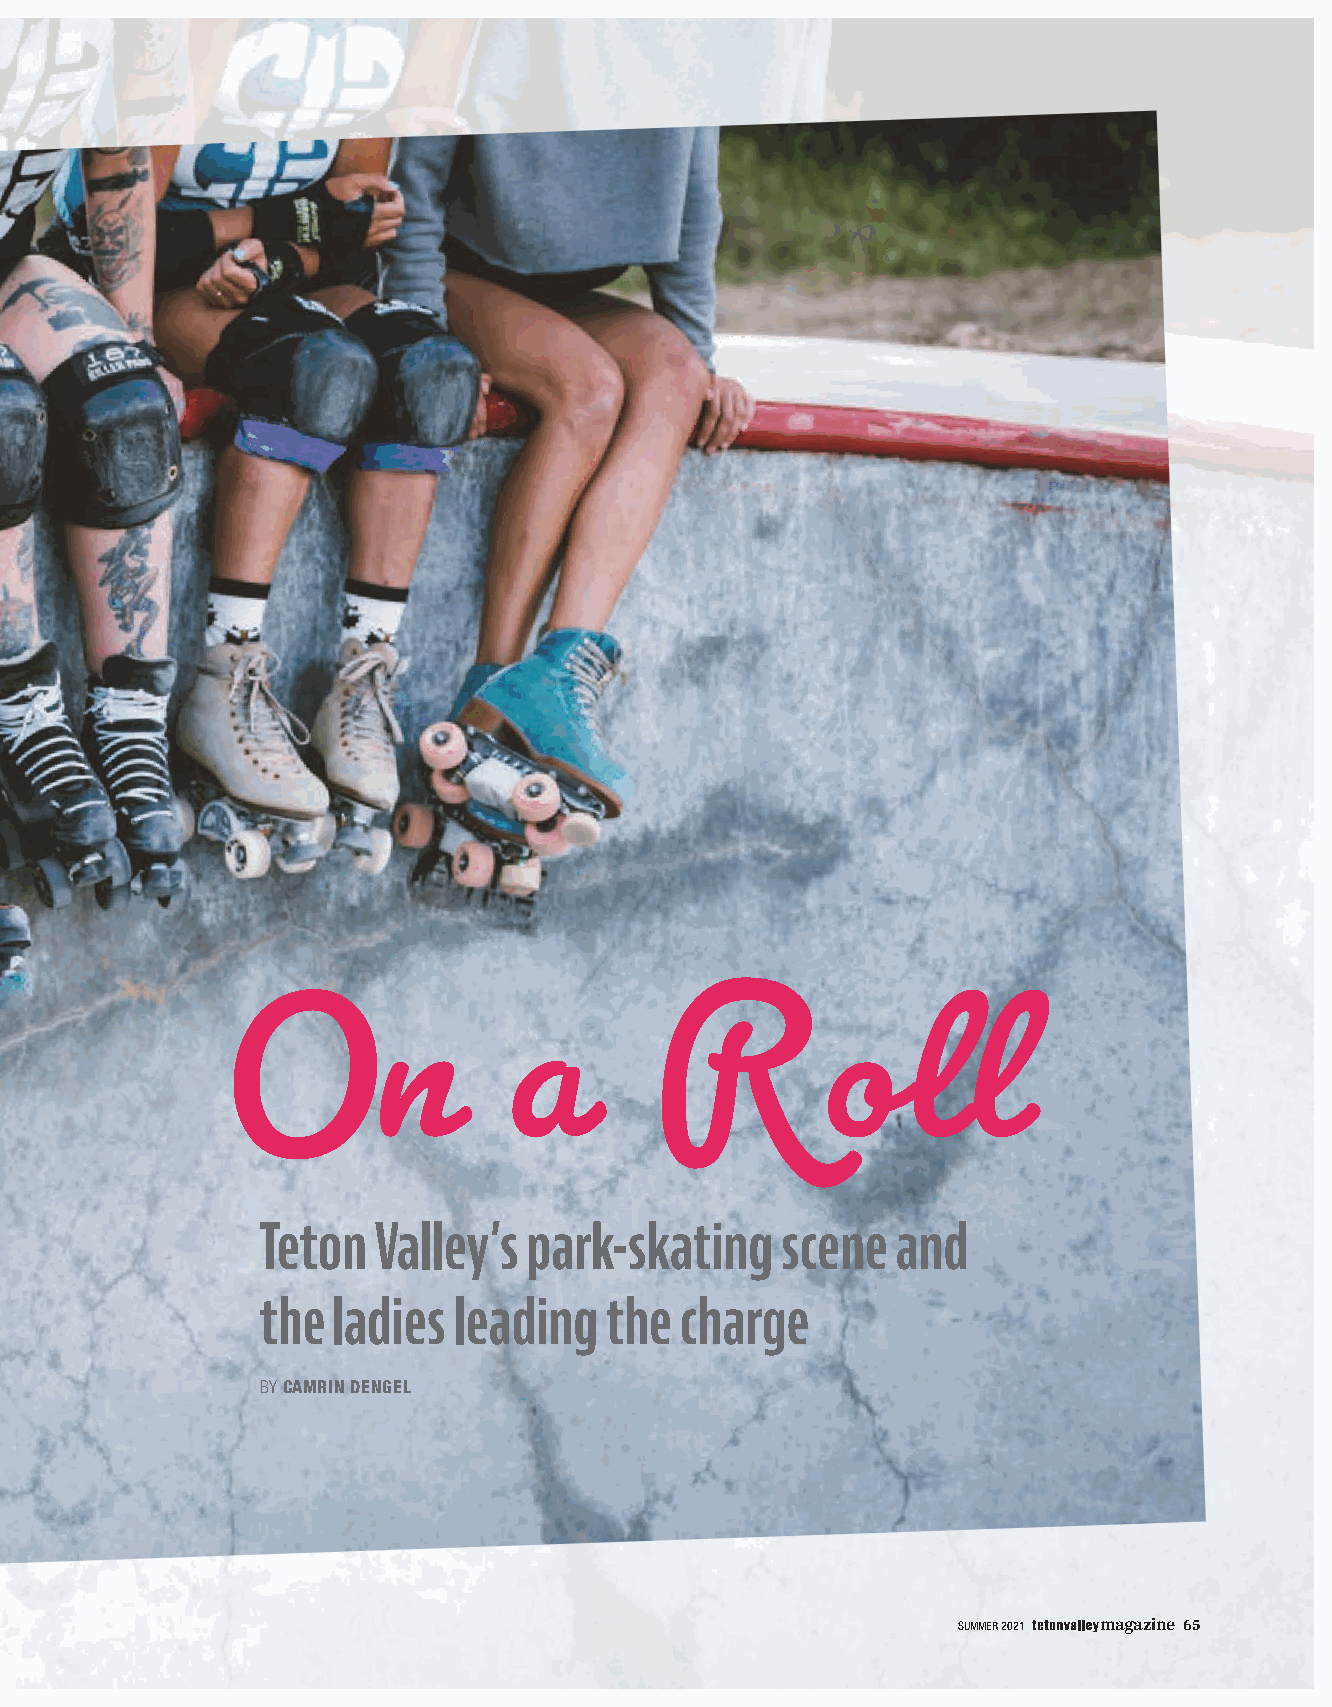
On                 a        Roll
 Teton   Valley’s  park-skating     scene  and
 the  ladies  leading   the  charge
 BY CAMRIN DENGEL
 SUMMER 2021 magazine 65